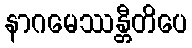
နာဂမေဿန္တီတိပေ